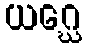
ယဂ္ဃေ